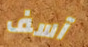
آسف